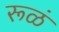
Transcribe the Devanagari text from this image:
रूळं